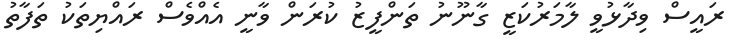
ރައީސް ވިދާޅުވީ ލާމަރުކަޒީ ގާނޫނު ތަންފީޒު ކުރަން ވާނީ އެއްވެސް ރައްޔިތަކު ތަފާތު